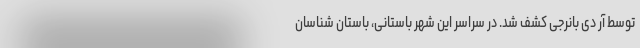
توسط آر دی بانرجی کشف شد. در سراسر این شهر باستانی، باستان شناسان